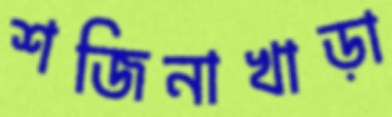
শজিনাখাড়া